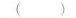
( )